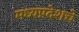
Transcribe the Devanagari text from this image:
मध्यप्रदेशचे